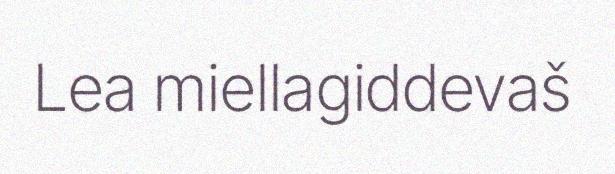
Lea miellagiddevaš